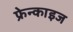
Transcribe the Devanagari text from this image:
फ्रेन्‍काइज